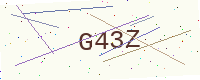
Text: G43Z